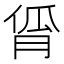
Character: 𬁾